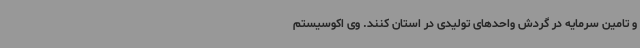
و تامین سرمایه در گردش واحدهای تولیدی در استان کنند. وی اکوسیستم